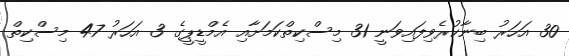
30 އަހަރު ބިނާކުރެވިފައިވަނީ 31 މިސްކިތްކަމަށާއި އެމްޑީޕީގެ 3 އަހަރު 47 މިސްކިތް